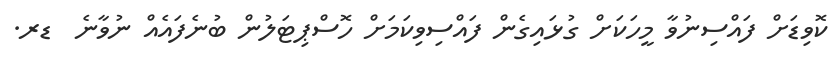
ކޮވިޑަށް ފައްސިނުވާ މީހަކަށް ގުޅައިގެން ފައްސިވިކަމަށް ހޮސްޕިޓަލުން ބުނެފައެއް ނުވާނެ  ޑރ.